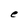
Character: e